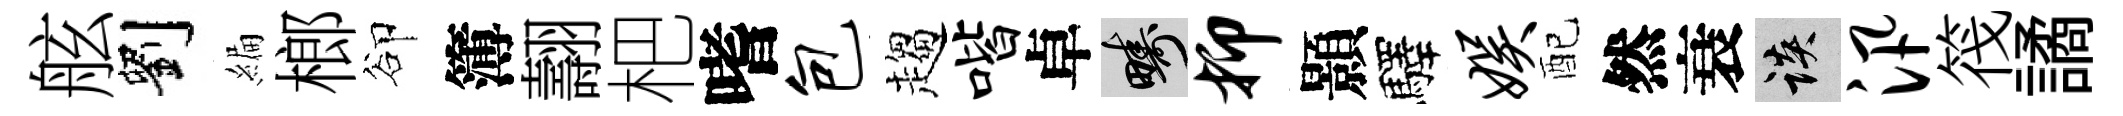
舷劉編榔卻簿翿杷嗜包趨喈卓疇抑顥驛娱配然衰談汛筏譎